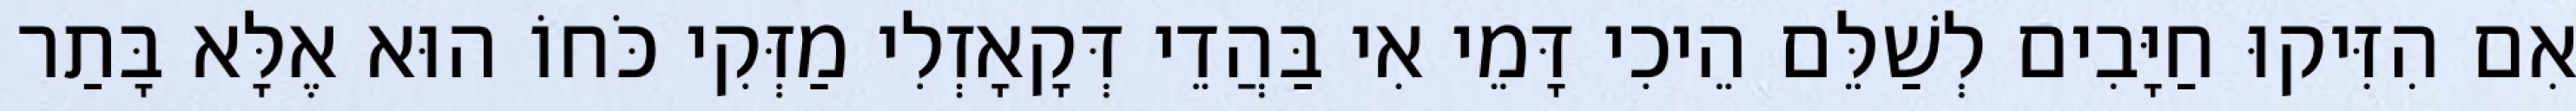
אִם הִזִּיקוּ חַיָּבִים לְשַׁלֵּם הֵיכִי דָּמֵי אִי בַּהֲדֵי דְּקָאָזְלִי מַזְּקִי כֹּחוֹ הוּא אֶלָּא בָּתַר